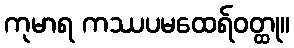
ကုမာရ ကဿပမထေရ်ဝတ္ထု။